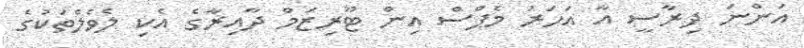
އަންނަ ދިރާސީ އާ އަހަރު މެޕްސް އިން ޓޫރިޒަމް ދާއިރާގެ އެކި ލެވެލްތަކުގެ